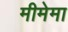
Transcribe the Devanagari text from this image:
मीमेमा